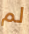
لم